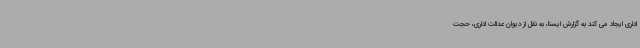
اداری ایجاد می کند به گزارش ایسنا، به نقل از دیوان عدالت اداری، حجت